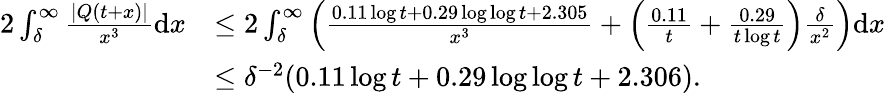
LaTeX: \begin{array}{rl}{2\int_{\delta}^{\infty}\frac{|Q(t+x)|}{x^{3}}\mathrm{d}x}&{\le 2\int_{\delta}^{\infty}\left(\frac{0.11\log t+0.29\log\log t+2.305}{x^{3}}+\left(\frac{0.11}{t}+\frac{0.29}{t\log t}\right)\frac{\delta}{x^{2}}\right)\mathrm{d}x}\\ &{\le\delta^{-2}(0.11\log t+0.29\log\log t+2.306).}\end{array}